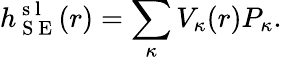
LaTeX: h_{\mathrm{~S~E~}}^{\mathrm{~s~l~}}(r)=\sum_{\kappa}V_{\kappa}(r)P_{\kappa}.